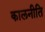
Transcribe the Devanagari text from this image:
कालनीति